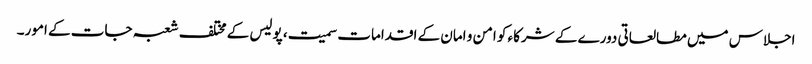
اجلاس میں مطالعاتی دورے کے شرکاء کو امن و امان کے اقدامات سمیت، پولیس کے مختلف شعبہ جات کے امور۔